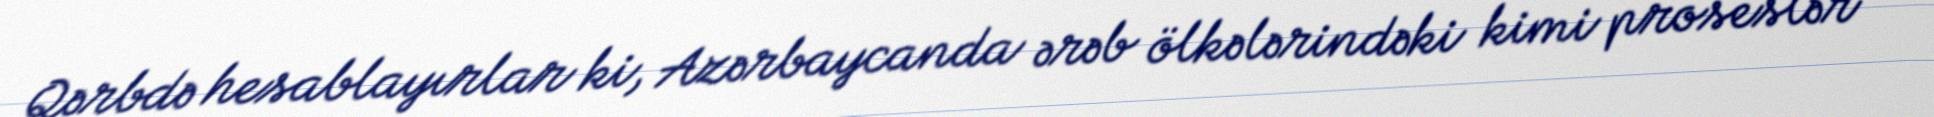
Qərbdə hesablayırlar ki, Azərbaycanda ərəb ölkələrindəki kimi proseslər